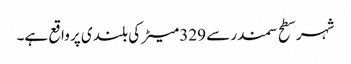
شہر سطح سمندر سے 329 میٹر کی بلندی پر واقع ہے۔